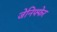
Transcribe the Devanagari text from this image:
जेनिफ्फेर